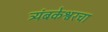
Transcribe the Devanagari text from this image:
त्र्यंबकेश्वरचा